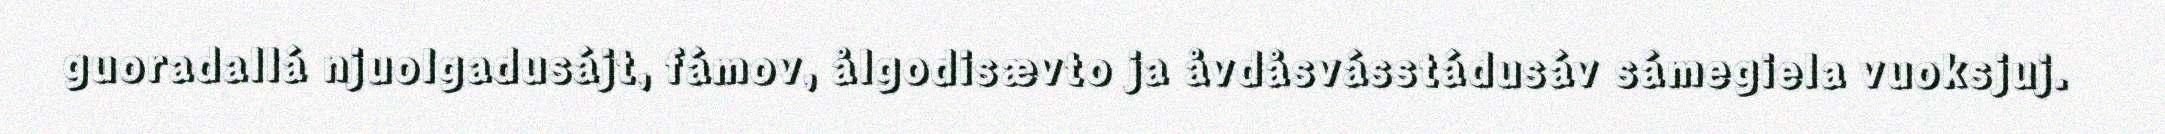
guoradallá njuolgadusájt, fámov, ålgodisævto ja åvdåsvásstádusáv sámegiela vuoksjuj.